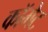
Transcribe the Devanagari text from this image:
कॉमेट